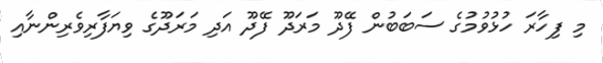
މި ފިހާރަ ހުޅުވުމުގެ ސަބަބުން ފޭދޫ މަރަދޫ ފޭދޫ އަދި މަރަދޫގެ ވިޔަފާރިވެރިންނާއި